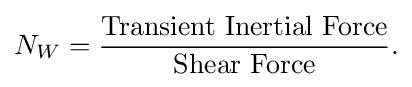
N_{W}={{\text{Transient Inertial Force}} \over {\text{Shear Force}}}.\,\!